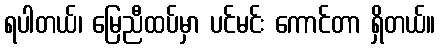
ရပါတယ်၊ မြေညီထပ်မှာ ပင်မင်း ကောင်တာ ရှိတယ်။